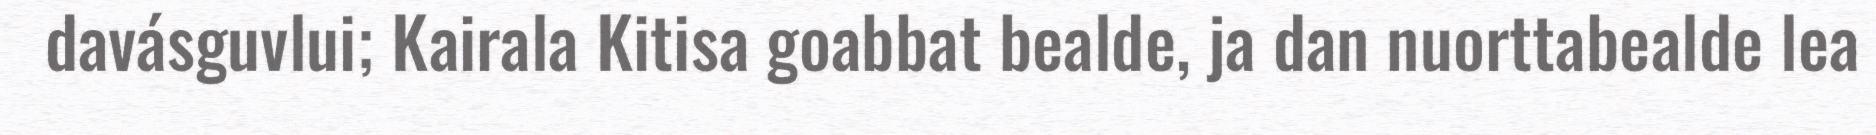
davásguvlui; Kairala Kitisa goabbat bealde, ja dan nuorttabealde lea